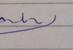
Signature authenticity: forged